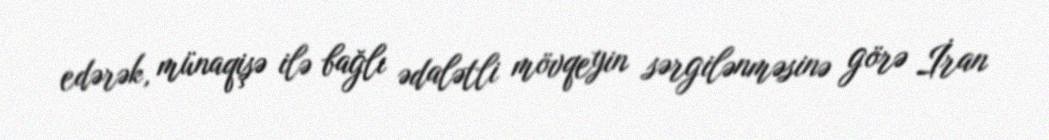
edərək, münaqişə ilə bağlı ədalətli mövqeyin sərgilənməsinə görə İran